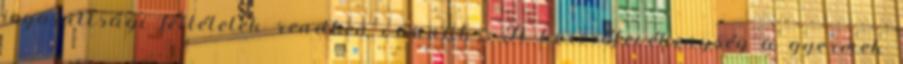
jogosultsági feltételek rendben vannak . A keresőtevékenység a gyermek